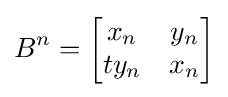
B^{n}={\begin{bmatrix}x_{n}&y_{n}\\ty_{n}&x_{n}\end{bmatrix}}